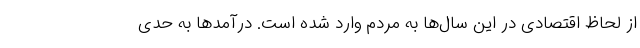
از لحاظ اقتصادی در این سال‌ها به مردم وارد شده است. درآمدها به حدی